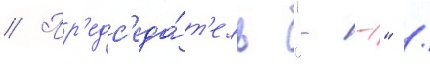
// Пр'едс'еда́т'ель "--" /